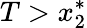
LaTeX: T>x_{2}^{*}